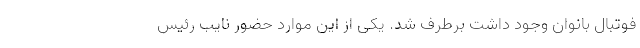
فوتبال بانوان وجود داشت برطرف شد. یکی از این موارد حضور نایب رئیس